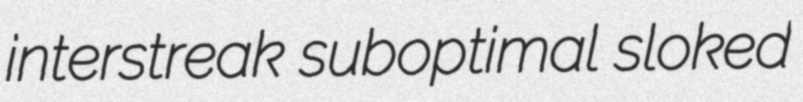
interstreak suboptimal sloked